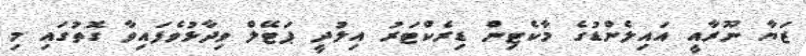
ޒަޔާ ނޫރާއީ އައިލެންޑުގެ މާކެޓިން ޑިރެކްޓަރު އިލުދީ ޕަޓޭލް ވިދާޅުވެފައިވާ ގޮތުގައި މި